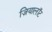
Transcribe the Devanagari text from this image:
ज़ियालॉट